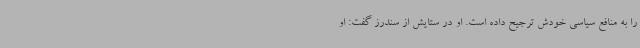
را به منافع سیاسی خودش ترجیح داده است. او در ستایش از سندرز گفت: او